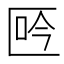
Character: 𠤾